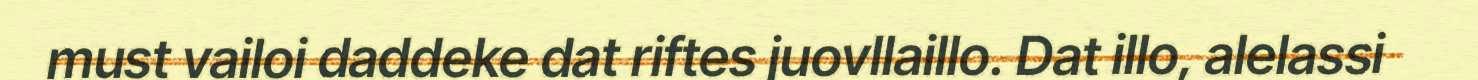
must vailoi daddeke dat riftes juovllaillo. Dat illo, alelassi